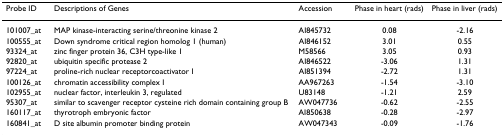
<table><thead><tr><td><b>Probe ID</b></td><td><b>Descriptions of Genes</b></td><td><b>Accession</b></td><td><b>Phase in heart (rads)</b></td><td><b>Phase in liver (rads)</b></td></tr></thead><tbody><tr><td>101007_at</td><td>MAP kinase-interacting serine/threonine kinase 2</td><td>AI845732</td><td>0.08</td><td>-2.16</td></tr><tr><td>100555_at</td><td>Down syndrome critical region homolog 1 (human)</td><td>AI846152</td><td>3.01</td><td>0.55</td></tr><tr><td>93324_at</td><td>zinc finger protein 36, C3H type-like 1</td><td>M58566</td><td>3.05</td><td>0.93</td></tr><tr><td>92820_at</td><td>ubiquitin specific protease 2</td><td>AI846522</td><td>-3.06</td><td>1.31</td></tr><tr><td>97224_at</td><td>proline-rich nuclear receptorcoactivator I</td><td>AI851394</td><td>-2.72</td><td>1.31</td></tr><tr><td>100126_at</td><td>chromatin accessibility complex I</td><td>AA967263</td><td>-1.54</td><td>-3.10</td></tr><tr><td>102955_at</td><td>nuclear factor, interleukin 3, regulated</td><td>U83148</td><td>-1.21</td><td>2.59</td></tr><tr><td>95307_at</td><td>similar to scavenger receptor cysteine rich domain containing group B</td><td>AW047736</td><td>-0.62</td><td>-2.55</td></tr><tr><td>160117_at</td><td>thyrotroph embryonic factor</td><td>AI850638</td><td>-0.28</td><td>-2.97</td></tr><tr><td>160841_at</td><td>D site albumin promoter binding protein</td><td>AW047343</td><td>-0.09</td><td>-1.76</td></tr></tbody></table>